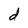
Character: d